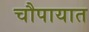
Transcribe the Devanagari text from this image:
चौपायात